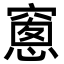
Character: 窻